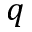
q